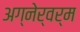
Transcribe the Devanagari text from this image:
अग्नेर्वर्म